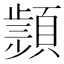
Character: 𩔤